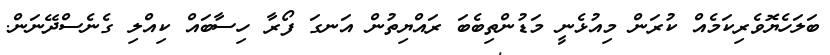
ބަލަހެޔޮވެރިކަމެއް ކުރަން މިއުޅެނީ މަޑުންތިބެބަ ރައްޔިތުން އަނގަ ފޯރާ ހިސާބައް ކިއްލި ގެެނެސްދޭނަން.